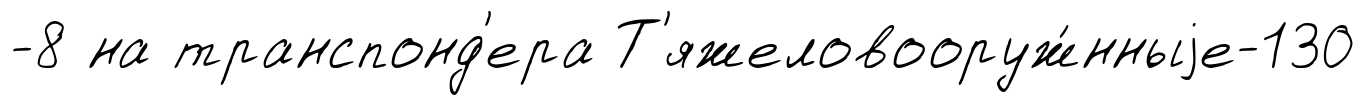
-8 на транспонд'ера Т'яжеловооруж́нныjе-130